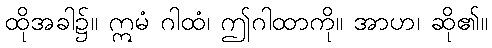
ထိုအခါ၌။ ဣမံ ဂါထံ၊ ဤဂါထာကို။ အာဟ၊ ဆို၏။